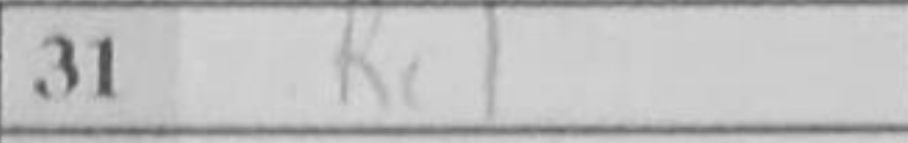
Transcription: Rc1